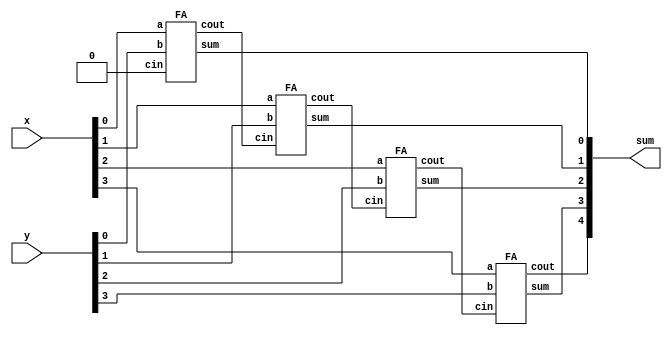
module top_module (
    input [3:0] x,
    input [3:0] y, 
    output [4:0] sum);
    
    wire [3:0] cout;
    
    FA FA_ [3:0] (x, y, {cout[2:0], 1'b0}, cout, sum[3:0]);

    assign sum[4] = cout[3];
    
endmodule

module FA( 
    input a, b, cin,
    output cout, sum );
    
    assign {cout, sum} = a + b + cin;

endmodule